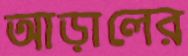
আড়ালের